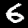
Label: 6